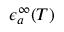
\epsilon _ { a } ^ { \infty } ( T )